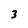
Character: 3